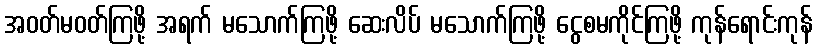
အဝတ်မဝတ်ကြဖို့ အရက် မသောက်ကြဖို့ ဆေးလိပ် မသောက်ကြဖို့ ငွေစမကိုင်ကြဖို့ ကုန်ရောင်းကုန်